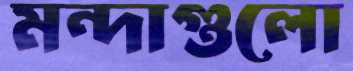
মন্দাগুলো